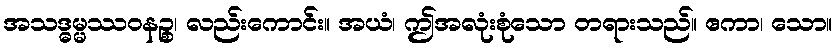
အသဒ္ဓမ္မဿဝနဉ္စ၊ လည်းကောင်း။ အယံ၊ ဤအလုံးစုံသော တရားသည်။ ဧကာ၊ သော။